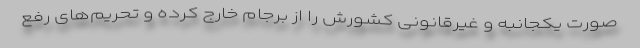
صورت یکجانبه و غیرقانونی کشورش را از برجام خارج کرده و تحریم‌های رفع